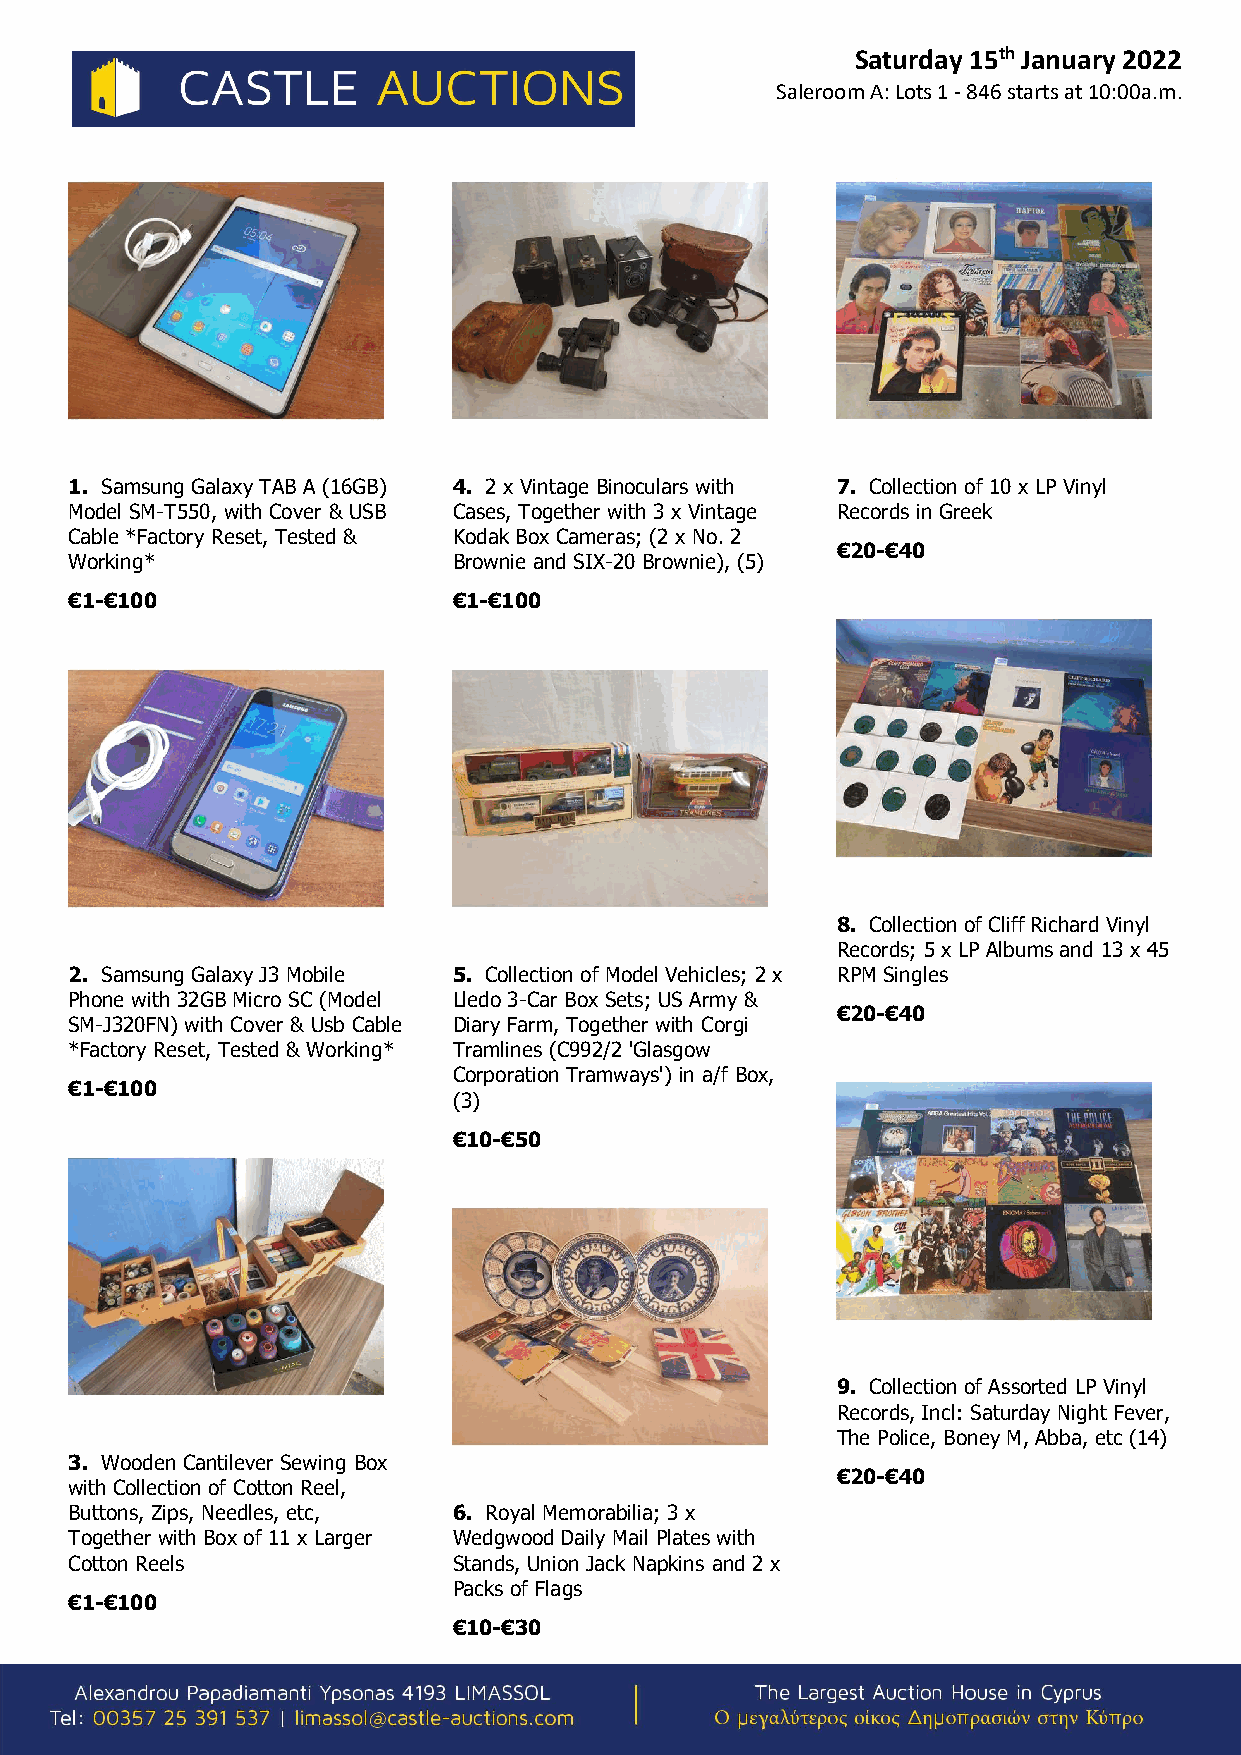
Saturday 15th January 2022
 Saleroom A: Lots 1 - 846 starts at 10:00a.m.
 1. Samsung Galaxy TAB A (16GB) 4. 2 x Vintage Binoculars with 7. Collection of 10 x LP Vinyl
 Model SM-T550, with Cover & USB Cases, Together with 3 x Vintage Records in Greek
 Cable *Factory Reset, Tested & Kodak Box Cameras; (2 x No. 2
 €20-€40
 Working*                 Brownie and SIX-20 Brownie), (5)
 €1-€100                  €1-€100
 8. Collection of Cliff Richard Vinyl
 Records; 5 x LP Albums and 13 x 45
 2. Samsung Galaxy J3 Mobile 5. Collection of Model Vehicles; 2 x RPM Singles
 Phone with 32GB Micro SC (Model Lledo 3-Car Box Sets; US Army &
 €20-€40
 SM-J320FN) with Cover & Usb Cable Diary Farm, Together with Corgi
 *Factory Reset, Tested & Working* Tramlines (C992/2 'Glasgow
 Corporation Tramways') in a/f Box,
 €1-€100
 (3)
 €10-€50
 9. Collection of Assorted LP Vinyl
 Records, Incl: Saturday Night Fever,
 The Police, Boney M, Abba, etc (14)
 3. Wooden Cantilever Sewing Box
 €20-€40
 with Collection of Cotton Reel,
 Buttons, Zips, Needles, etc, 6. Royal Memorabilia; 3 x
 Together with Box of 11 x Larger Wedgwood Daily Mail Plates with
 Cotton Reels             Stands, Union Jack Napkins and 2 x
 Packs of Flags
 €1-€100
 €10-€30